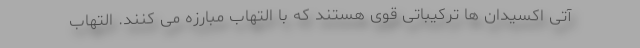
آتی اکسیدان ها ترکیباتی قوی هستند که با التهاب مبارزه می کنند. التهاب